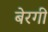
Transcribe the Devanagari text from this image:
बेरगी